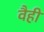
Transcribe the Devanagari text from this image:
वैही